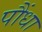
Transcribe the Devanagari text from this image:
पौंधा